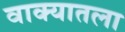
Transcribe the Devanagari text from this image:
वाक्यातला